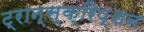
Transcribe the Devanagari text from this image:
ट्रान्स्क्रिप्शन